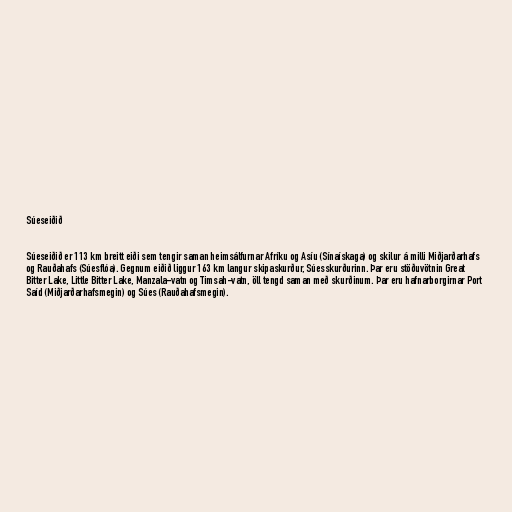
Súeseiðið

Súeseiðið er 113 km breitt eiði sem tengir saman heimsálfurnar Afríku og Asíu (Sínaískaga) og skilur á milli Miðjarðarhafs
og Rauðahafs (Súesflóa). Gegnum eiðið liggur 163 km langur skipaskurður, Súesskurðurinn. Þar eru stöðuvötnin Great
Bitter Lake, Little Bitter Lake, Manzala-vatn og Timsah-vatn, öll tengd saman með skurðinum. Þar eru hafnarborgirnar Port
Saíd (Miðjarðarhafsmegin) og Súes (Rauðahafsmegin).